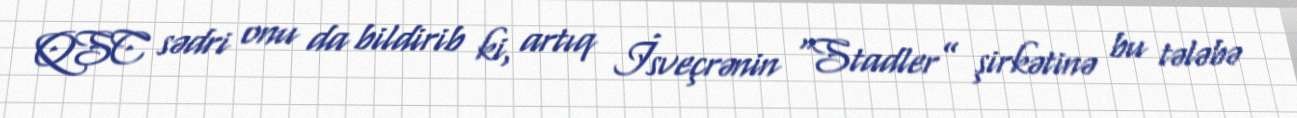
QSC sədri onu da bildirib ki, artıq İsveçrənin “Stadler” şirkətinə bu tələbə